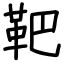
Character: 靶